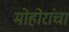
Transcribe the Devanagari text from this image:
मोहोरांचा